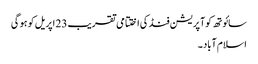
سائوتھ کوآپریشن فنڈ کی اختتامی تقریب 23 اپریل کو ہو گی
اسلام آباد ۔